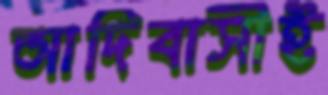
আদিবাসীই